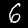
Label: 6